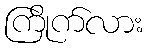
ကြိုက်လား